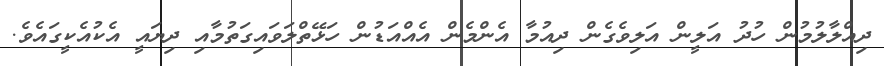
ދިއްލާލުމުން ހުދު އަލީން އަލިވެގެން ދިއުމާ އެންމެން އެއްއަޑުން ހަޅޭތްލަވައިގަތުމާއި ދިޔައީ އެކުއެކީގައެވެ.